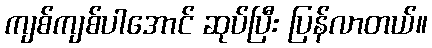
ကျစ်ကျစ်ပါအောင် ဆုပ်ပြီး ပြန်လာတယ်။